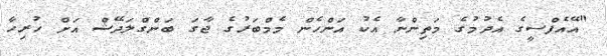
"އޭއެފްސީގެ އެދުމުގެ މަތިންނާ އެކު އަންހެން މެމްބަރުގެ ޖާގަ ބަންގްލަދޭޝް އަށް ހުރިހާ